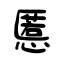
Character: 慝